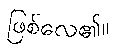
ဖြစ်လေ၏။